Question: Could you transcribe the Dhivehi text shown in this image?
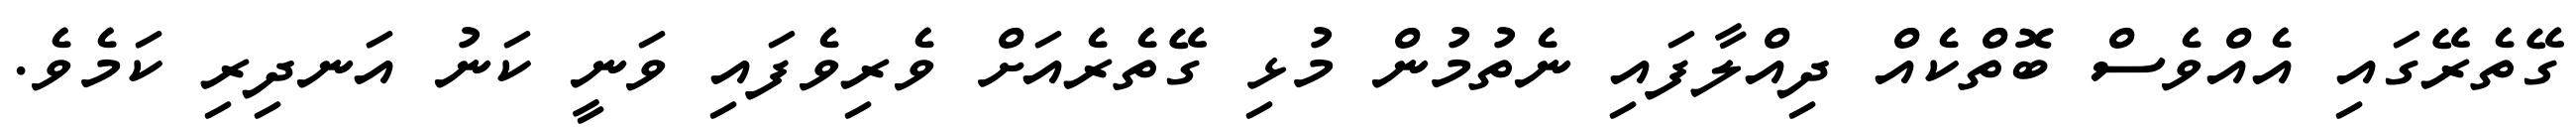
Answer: ގޭތެރޭގައި އެއްވެސް ބޮތްކެއް ދިއްލާފައި ނެތުމުން މުޅި ގޭތެރެއަށް ވެރިވެފައި ވަނީ ކަނު އަނދިރި ކަމެވެ.